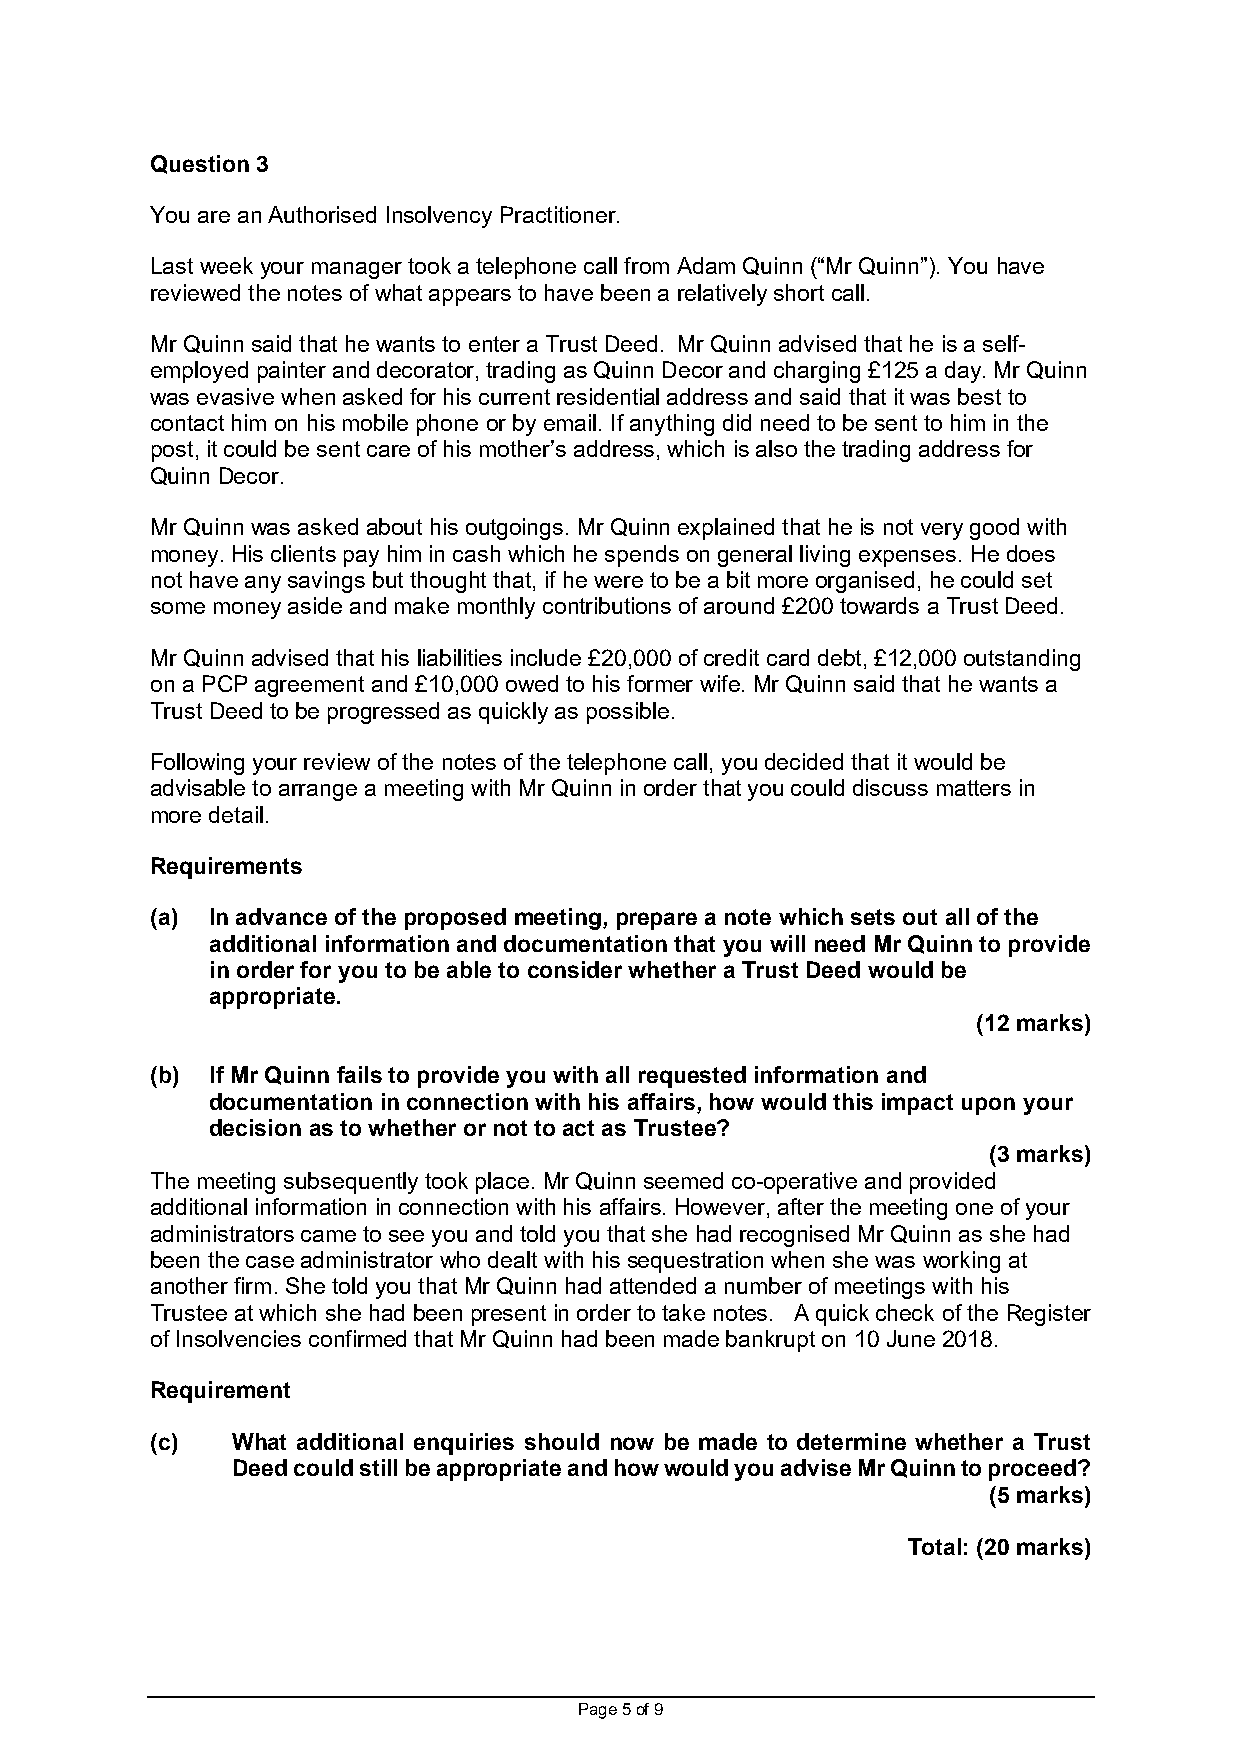
Question 3
 You are an Authorised Insolvency Practitioner.
 Last week your manager took a telephone call from Adam Quinn (“Mr Quinn”). You have
 reviewed the notes of what appears to have been a relatively short call.
 Mr Quinn said that he wants to enter a Trust Deed. Mr Quinn advised that he is a self-
 employed painter and decorator, trading as Quinn Decor and charging £125 a day. Mr Quinn
 was evasive when asked for his current residential address and said that it was best to
 contact him on his mobile phone or by email. If anything did need to be sent to him in the
 post, it could be sent care of his mother’s address, which is also the trading address for
 Quinn Decor.
 Mr Quinn was asked about his outgoings. Mr Quinn explained that he is not very good with
 money. His clients pay him in cash which he spends on general living expenses. He does
 not have any savings but thought that, if he were to be a bit more organised, he could set
 some money aside and make monthly contributions of around £200 towards a Trust Deed.
 Mr Quinn advised that his liabilities include £20,000 of credit card debt, £12,000 outstanding
 on a PCP agreement and £10,000 owed to his former wife. Mr Quinn said that he wants a
 Trust Deed to be progressed as quickly as possible.
 Following your review of the notes of the telephone call, you decided that it would be
 advisable to arrange a meeting with Mr Quinn in order that you could discuss matters in
 more detail.
 Requirements
 (a) In advance of the proposed meeting, prepare a note which sets out all of the
 additional information and documentation that you will need Mr Quinn to provide
 in order for you to be able to consider whether a Trust Deed would be
 appropriate.
 (12 marks)
 (b) If Mr Quinn fails to provide you with all requested information and
 documentation in connection with his affairs, how would this impact upon your
 decision as to whether or not to act as Trustee?
 (3 marks)
 The meeting subsequently took place. Mr Quinn seemed co-operative and provided
 additional information in connection with his affairs. However, after the meeting one of your
 administrators came to see you and told you that she had recognised Mr Quinn as she had
 been the case administrator who dealt with his sequestration when she was working at
 another firm. She told you that Mr Quinn had attended a number of meetings with his
 Trustee at which she had been present in order to take notes. A quick check of the Register
 of Insolvencies confirmed that Mr Quinn had been made bankrupt on 10 June 2018.
 Requirement
 (c)  What additional enquiries should now be made to determine whether a Trust
 Deed could still be appropriate and how would you advise Mr Quinn to proceed?
 (5 marks)
 Total: (20 marks)
 Page 5 of 9